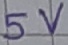
Text: 5V